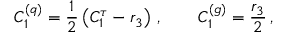
C _ { 1 } ^ { ( q ) } = \frac { 1 } { 2 } \left( C _ { 1 } ^ { \tau } - r _ { 3 } \right) \, , \qquad C _ { 1 } ^ { ( g ) } = \frac { r _ { 3 } } { 2 } \, ,